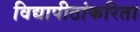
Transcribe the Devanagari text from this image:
विद्यापीठांकरिता